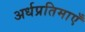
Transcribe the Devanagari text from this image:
अर्धप्रतिमाएँ